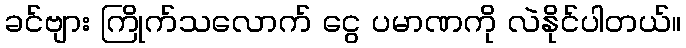
ခင်ဗျား ကြိုက်သလောက် ငွေ ပမာဏကို လဲနိုင်ပါတယ်။